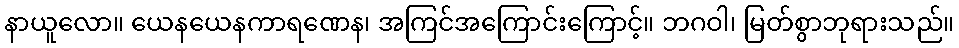
နာယူလော။ ယေနယေနကာရဏေန၊ အကြင်အကြောင်းကြောင့်။ ဘဂဝါ၊ မြတ်စွာဘုရားသည်။